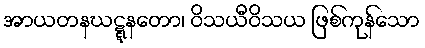
အာယတနဃဋ္ဋနတော၊ ဝိသယီဝိသယ ဖြစ်ကုန်သော